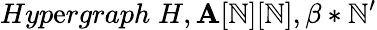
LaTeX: Hyp\mathrm{e}rgraph\; H,\mathbf{A}[\mathbb{N}][\mathbb{N}],\beta*\mathbb{N}^{\prime}